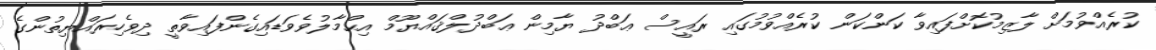
ކުރެއްވުމަށް ލާޒިމުކޮށްފައިވާ ކަންކަން ކުރެއްވުމުގައި ރައީސް ޢަބްދު ޔާމިން ޢަބްދުލްޤައްޔޫމް އިޙްމާލުވެވަޑައިގެންފައިވާތީ ދިވެހިރައްޔިތުންގެ